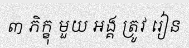
៣ ភិក្ខុ មួយ អង្គ ត្រូវ រៀន